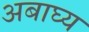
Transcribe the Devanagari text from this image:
अबाघ्य